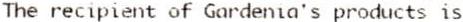
THE RECIPIENT OF GARDENIA'S PRODUCTS IS